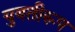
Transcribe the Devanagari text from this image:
युवतीरूप